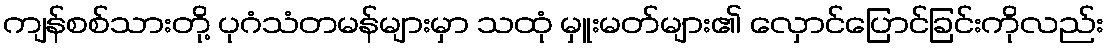
ကျန်စစ်သားတို့ ပုဂံသံတမန်များမှာ သထုံ မှူးမတ်များ၏ လှောင်ပြောင်ခြင်းကိုလည်း